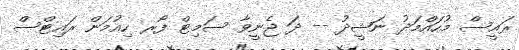
ރައީސް މުހައްމަދު ނަޝީދު -- ދަ ޖެނީވާ ސަމިޓް ފޯރ ހިއުމަން ރައިޓްސް